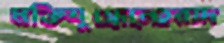
মক্তিযুদ্ধেনেহরাদ